Lunatic asylums Punjab 1868-1880 - 1868-1880
Year: 1868
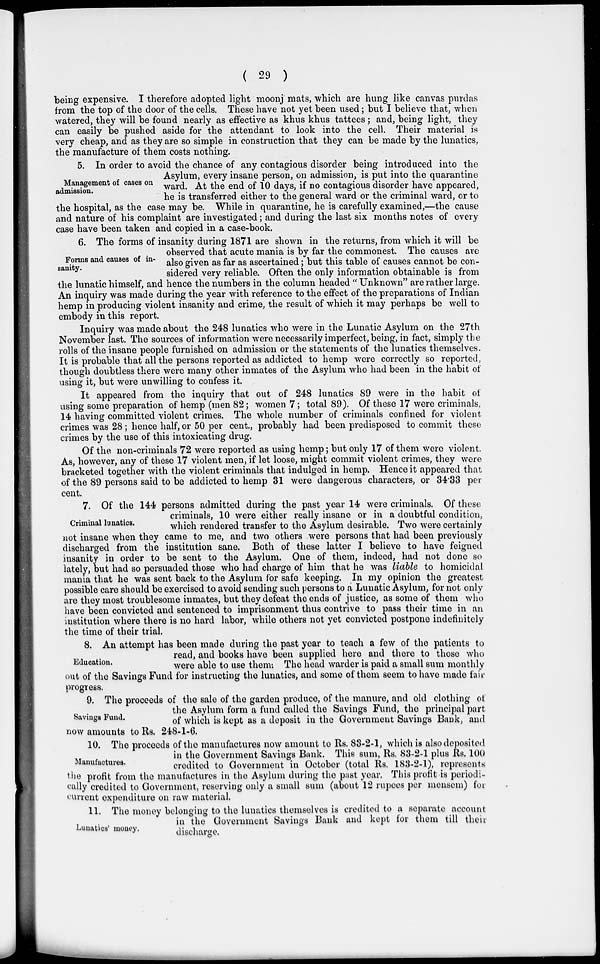
( 29 )
being expensive. I therefore adopted light moonj mats, which are hung like canvas purdas
from the top of the door of the cells. These have not yet been used ; but I believe that, when
watered, they will be found nearly as effective as khus khus tattees; and, being light, they
can easily be pushed aside for the attendant to look into the cell. Their material is
very cheap, and as they are so simple in construction that they can be made by the lunatics,
the manufacture of them costs nothing.
Management of cases on
admission.
5. In order to avoid the chance of any contagious disorder being introduced into the
Asylum, every insane person, on admission, is put into the quarantine
ward. At the end of 10 days, if no contagious disorder have appeared,
he is transferred either to the general ward or the criminal ward, or to
the hospital, as the case may be. While in quarantine, he is carefully examined,—the cause
and nature of his complaint are investigated; and during the last six months notes of every
case have been taken and copied in a case-book.
Forms and causes of in-
sanity.
6. The forms of insanity during 1871 are shown in the returns, from which it will be
observed that acute mania is by far the commonest. The causes are
also given as far as ascertained ; but this table of causes cannot be con-
sidered very reliable. Often the only information obtainable is from
the lunatic himself, and hence the numbers in the column headed " Unknown" are rather large.
An inquiry was made during the year with reference to the effect of the preparations of Indian
hemp in producing violent insanity and crime, the result of which it may perhaps be well to
embody in this report.
Inquiry was made about the 248 lunatics who were in the Lunatic Asylum on the 27th
November last. The sources of information were necessarily imperfect, being, in fact, simply the
rolls of the insane people furnished on admission or the statements of the lunatics themselves.
It is probable that all the persons reported as addicted to hemp were correctly so reported,
though doubtless there were many other inmates of the Asylum who had been in the habit of
using it, but were unwilling to confess it.
It appeared from the inquiry that out of 248 lunatics 89 were in the habit of
using some preparation of hemp (men 82; women 7; total 89). Of these 17 were criminals,
14 having committed violent crimes. The whole number of criminals confined for violent
crimes was 28 ; hence half, or 50 per cent., probably had been predisposed to commit these
crimes by the use of this intoxicating drug.
Of the non-criminals 72 were reported as using hemp; but only 17 of them were violent.
As, however, any of these 17 violent men, if let loose, might commit violent crimes, they were
bracketed together with the violent criminals that indulged in hemp. Hence it appeared that
of the 89 persons said to be addicted to hemp 31 were dangerous characters, or 34.33 per
cent.
Criminal lunatics.
7. Of the 144 persons admitted during the past year 14 were criminals. Of these
criminals, 10 were either really insane or in a doubtful condition,
which rendered transfer to the Asylum desirable. Two were certainly
not insane when they came to me, and two others were persons that had been previously
discharged from the institution sane. Both of these latter I believe to have feigned
insanity in order to be sent to the Asylum. One of them, indeed, had not done so
lately, but had so persuaded those who had charge of him that he was liable to homicidal
mania that he was sent back to the Asylum for safe keeping. In my opinion the greatest
possible care should be exercised to avoid sending such persons to a Lunatic Asylum, for not only
are they most troublesome inmates, but they defeat the ends of justice, as some of them who
have been convicted and sentenced to imprisonment thus contrive to pass their time in an
institution where there is no hard labor, while others not yet convicted postpone indefinitely
the time of their trial.
Education.
8. An attempt has been made during the past year to teach a few of the patients to
read, and books have been supplied here and there to those who
were able to use them. The head warder is paid a small sum monthly
out of the Savings Fund for instructing the lunatics, and some of them seem to have made fair
progress.
Savings Fund.
9. The proceeds of the sale of the garden produce, of the manure, and old clothing of
the Asylum form a fund called the Savings Fund, the principal part
of which is kept as a deposit in the Government Savings Bank, and
now amounts to Rs. 248-1-6.
Manufactures.
10. The proceeds of the manufactures now amount to Rs. 83-2-1, which is also deposited
in the Government Savings Bank. This sum, Rs. 83-2-1 plus Rs. 100
credited to Government in October (total Rs. 183-2-1), represents
the profit from the manufactures in the Asylum during the past year. This profit is periodi-
cally credited to Government, reserving only a small sum (about 12 rupees per mensem) for
current expenditure on raw material.
Lunatics' money.
11. The money belonging to the lunatics themselves is credited to a separate account
in the Government Savings Bank and kept for them till their
discharge.